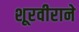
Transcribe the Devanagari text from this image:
शूरवीराने